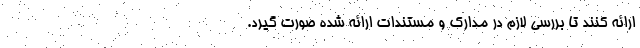
ارائه کنند تا بررسی لازم در مدارک و مستندات ارائه شده صورت گیرد.